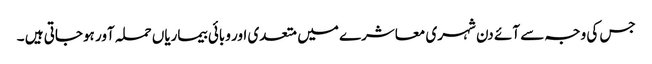
جس کی وجہ سے آئے دن شہری معاشرے میں متعدی اور وبائی بیماریاں حملہ آور ہوجاتی ہیں ۔